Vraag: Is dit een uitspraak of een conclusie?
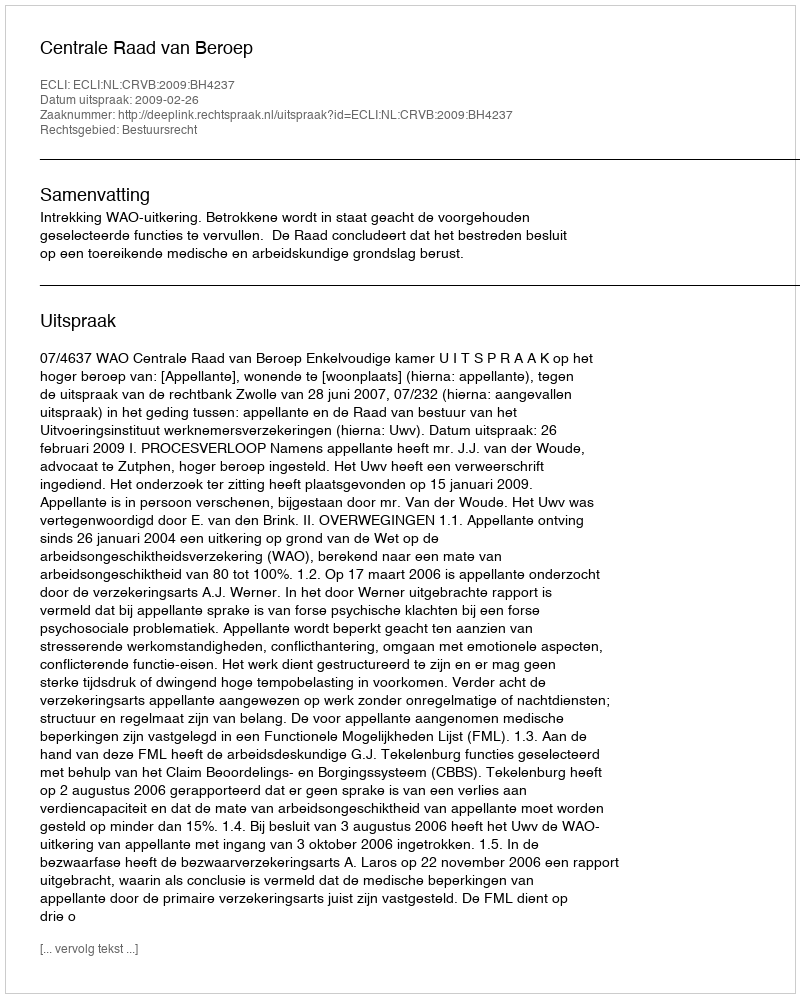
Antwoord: Uitspraak